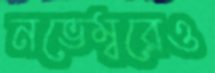
নভেম্বরেও